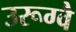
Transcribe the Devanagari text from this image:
उरूग्वै